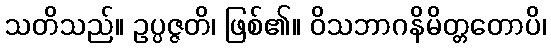
သတိသည်။ ဥပ္ပဇ္ဇတိ၊ ဖြစ်၏။ ဝိသဘာဂနိမိတ္တတောပိ၊